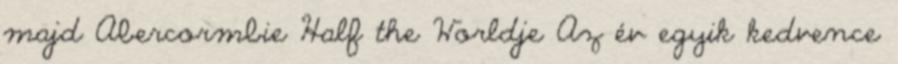
majd Abercormbie Half the Worldje Az év egyik kedvence